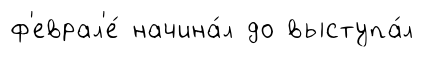
ф'еврал'е́ начина́л до выступа́л